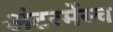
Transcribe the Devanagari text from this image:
अंटरमेंस्च